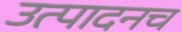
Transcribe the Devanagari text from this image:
उत्पादनच